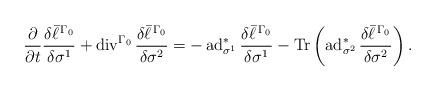
LaTeX: \begin{align*}\frac{\partial}{\partial t}\frac{\delta\bar\ell^{\,\Gamma_0}}{\delta\sigma^1}+\operatorname{div}^{\Gamma_0}\frac{\delta\bar\ell^{\,\Gamma_0}}{\delta\sigma^2}=-\operatorname{ad}^*_{\sigma^1}\frac{\delta\bar\ell^{\,\Gamma_0}}{\delta\sigma^1}-\operatorname{Tr}\left(\operatorname{ad}^*_{\sigma^2}\frac{\delta\bar\ell^{\,\Gamma_0}}{\delta\sigma^2}\right).\end{align*}